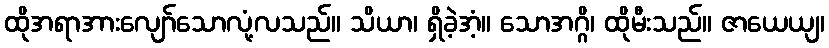
ထိုအရာအားလျော်သောလုံ့လသည်။ သိယာ၊ ရှိခဲ့အံ့။ သောအဂ္ဂိ၊ ထိုမီးသည်။ ဇာယေယျ၊